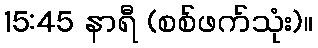
15:45 နာရီ (စစ်ဖက်သုံး)။